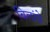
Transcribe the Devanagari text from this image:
बिलांचे